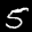
Label: 5